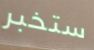
ستخبر